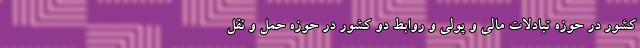
کشور در حوزه تبادلات مالی و پولی و روابط دو کشور در حوزه حمل و نقل